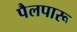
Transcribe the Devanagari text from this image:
पैलपारू